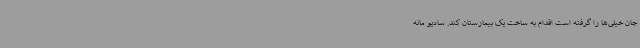
جان خیلی‌ها را گرفته است اقدام به ساخت یک بیمارستان کند. سادیو مانه